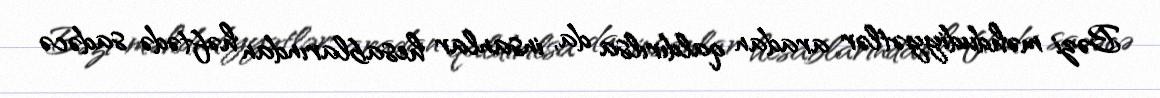
Bəzi məhdudiyyətlər aradan qaldırılsa da, insanlar hesablarından həftədə sadəcə